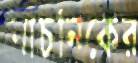
বাচনিকের